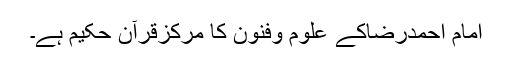
امام احمدرضاکے علوم وفنون کا مرکزقرآنِ حکیم ہے۔